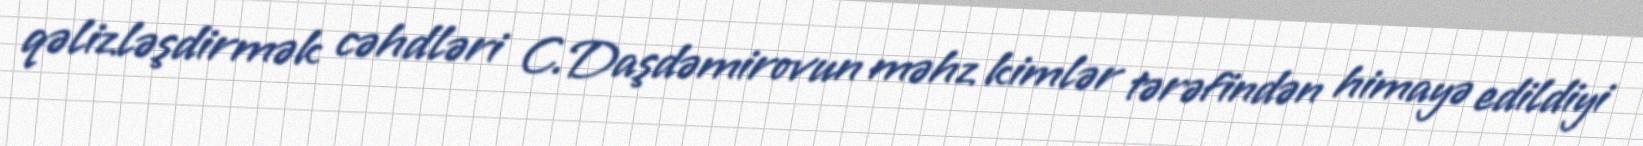
qəlizləşdirmək cəhdləri C.Daşdəmirovun məhz kimlər tərəfindən himayə edildiyi